Annual report of the Punjab Veterinary College and of the Civil Veterinary Department, Punjab - 1920-1925
Year: 1920
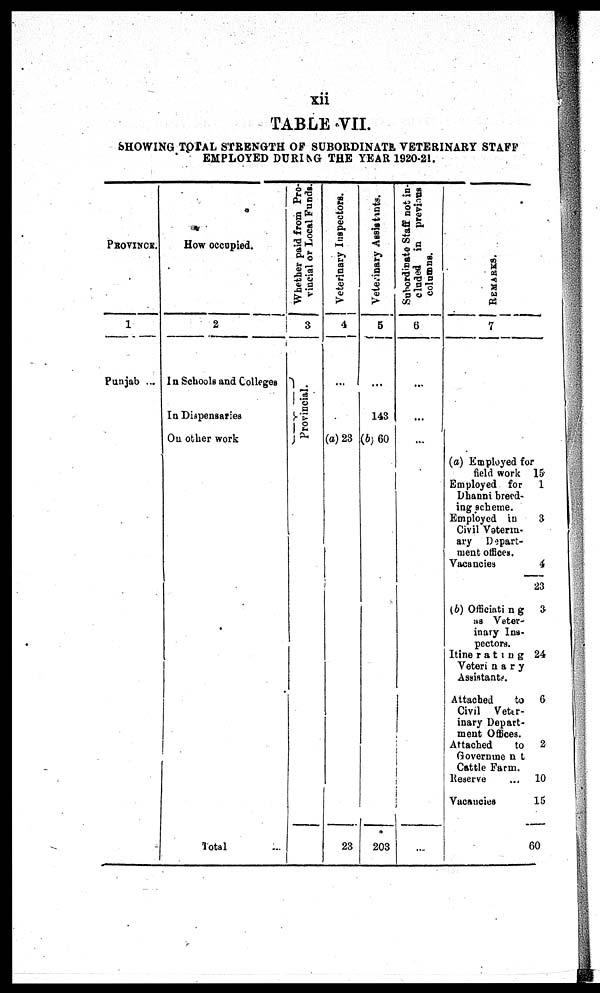
xii
TABLE VII.
SHOWI NG TOTAL STRENGTH OF SUBORDINATE VETERINARY STAFF
EMPLOYED DURING THE YEAR 1920-21.
PROVINCE.
1
Punjab ...
How occupied.
2
In Schools and Colleges
In Dispensaries
On other work
Total ...
Whether paid from Pro-
vincial or Local Funds.
3
Provincial.
Veterinary Inspectors.
4
...
(a) 23
23
Veterinary Assistints.
5
...
143
(b) 60
203
Subordinate Staff not in-
cluded in previous
columns.
6
...
...
...
...
REMARKS.
7
(a) Employed for
field work
Employed for
Dhanni breed-
ing scheme.
Employed in
Civil Vaterin-
ary Dapart-
ment offices.
Vacancies
(b) Officiating
as Veter-
inary Ins-
pectors.
Itinerating
Veterinary
Assistants.
Attached
to
Civil Veter-
inary Depart-
ment Offices.
Attached
to
Government
Cattle Farm.
Reserve ...
Vacancies
15
1
3
4
23
3
24
6
2
10
15
60